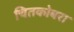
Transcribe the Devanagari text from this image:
चितकोबरा